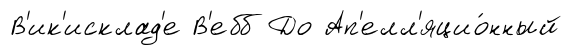
В'ик'исклад'е В'ебб До Ап'елл'яцио́нный